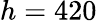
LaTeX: h=420